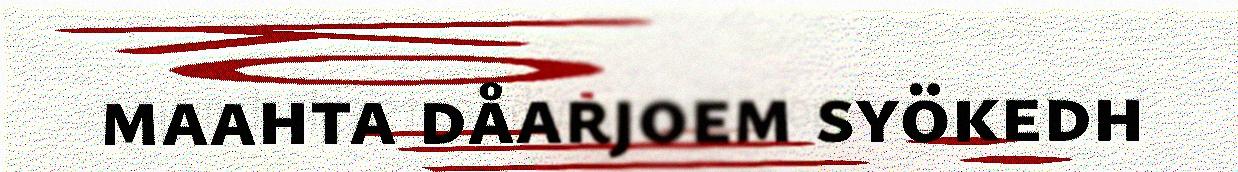
maahta dåarjoem syökedh